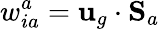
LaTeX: w_{ia}^{a}={\mathbf u}_{g}\cdot{\mathbf S}_{a}